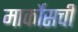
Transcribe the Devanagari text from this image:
मार्कोसची